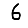
Digit: 6